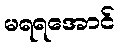
မရရအောင်